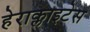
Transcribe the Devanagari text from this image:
हेराक्लाइटेस